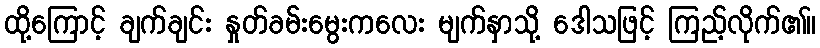
ထို့ကြောင့် ချက်ချင်း နှုတ်ခမ်းမွေးကလေး မျက်နှာသို့ ဒေါသဖြင့် ကြည့်လိုက်၏။